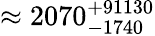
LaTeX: \approx 2070_{-1740}^{+91130}